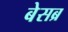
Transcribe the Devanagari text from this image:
बेसब्र